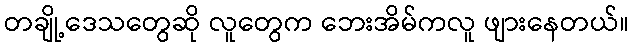
တချို့ဒေသတွေဆို လူတွေက ဘေးအိမ်ကလူ ဖျားနေတယ်။